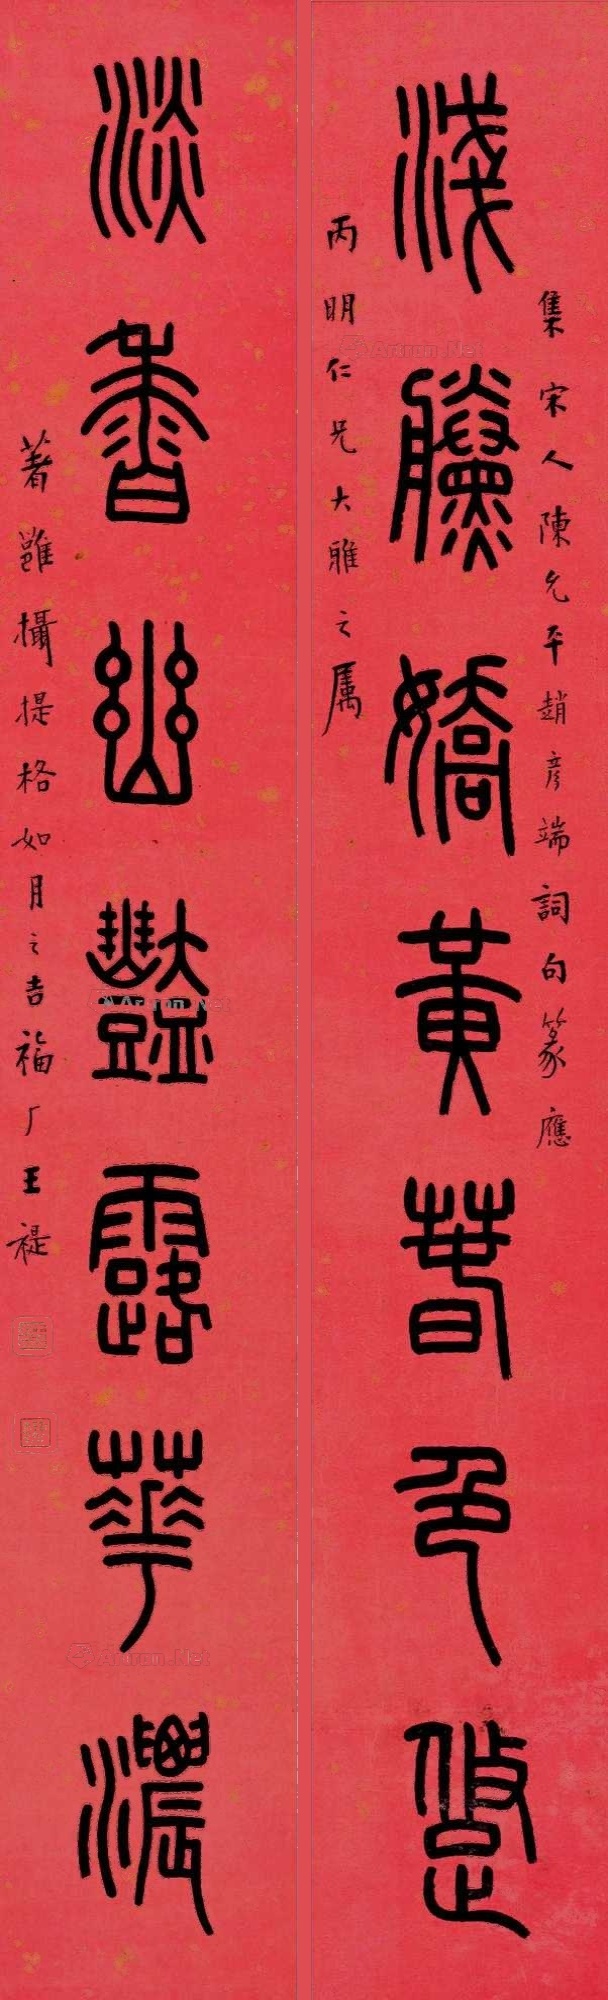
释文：浅黛娇黄春色透，淡香幽艳露华浓。丙明仁兄大雅之属，集宋人陈允平赵彦端词句篆应，著邕摄提格如月之吉福厂王禔。